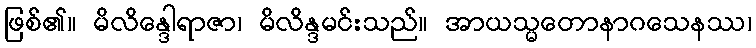
ဖြစ်၏။ မိလိန္ဒေါရာဇာ၊ မိလိန္ဒမင်းသည်။ အာယသ္မတောနာဂသေနဿ၊